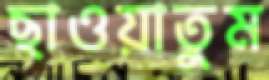
ছাওয়াতুম